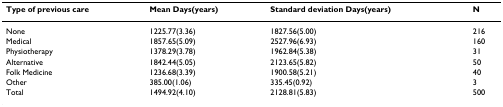
<table><thead><tr><td><b>Type of previous care</b></td><td><b>Mean Days(years)</b></td><td><b>Standard deviation Days(years)</b></td><td><b>N</b></td></tr></thead><tbody><tr><td>None</td><td>1225.77(3.36)</td><td>1827.56(5.00)</td><td>216</td></tr><tr><td>Medical</td><td>1857.65(5.09)</td><td>2527.96(6.93)</td><td>160</td></tr><tr><td>Physiotherapy</td><td>1378.29(3.78)</td><td>1962.84(5.38)</td><td>31</td></tr><tr><td>Alternative</td><td>1842.44(5.05)</td><td>2123.65(5.82)</td><td>50</td></tr><tr><td>Folk Medicine</td><td>1236.68(3.39)</td><td>1900.58(5.21)</td><td>40</td></tr><tr><td>Other</td><td>385.00(1.06)</td><td>335.45(0.92)</td><td>3</td></tr><tr><td>Total</td><td>1494.92(4.10)</td><td>2128.81(5.83)</td><td>500</td></tr></tbody></table>